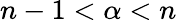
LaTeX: n-1<\alpha<n